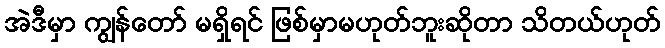
အဲဒီမှာ ကျွန်တော် မရှိရင် ဖြစ်မှာမဟုတ်ဘူးဆိုတာ သိတယ်ဟုတ်